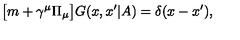
\bigl [ m + \gamma ^ { \mu } \Pi _ { \mu } \bigr ] G ( x , x ^ { \prime } | A ) = \delta ( x - x ^ { \prime } ) ,